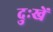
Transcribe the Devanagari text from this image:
दुःखें